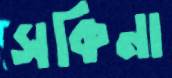
সকিনা